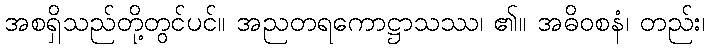
အစရှိသည်တို့တွင်ပင်။ အညတရကောဋ္ဌာသဿ၊ ၏။ အဓိဝစနံ၊ တည်း၊